Riigikantselei, lk 286
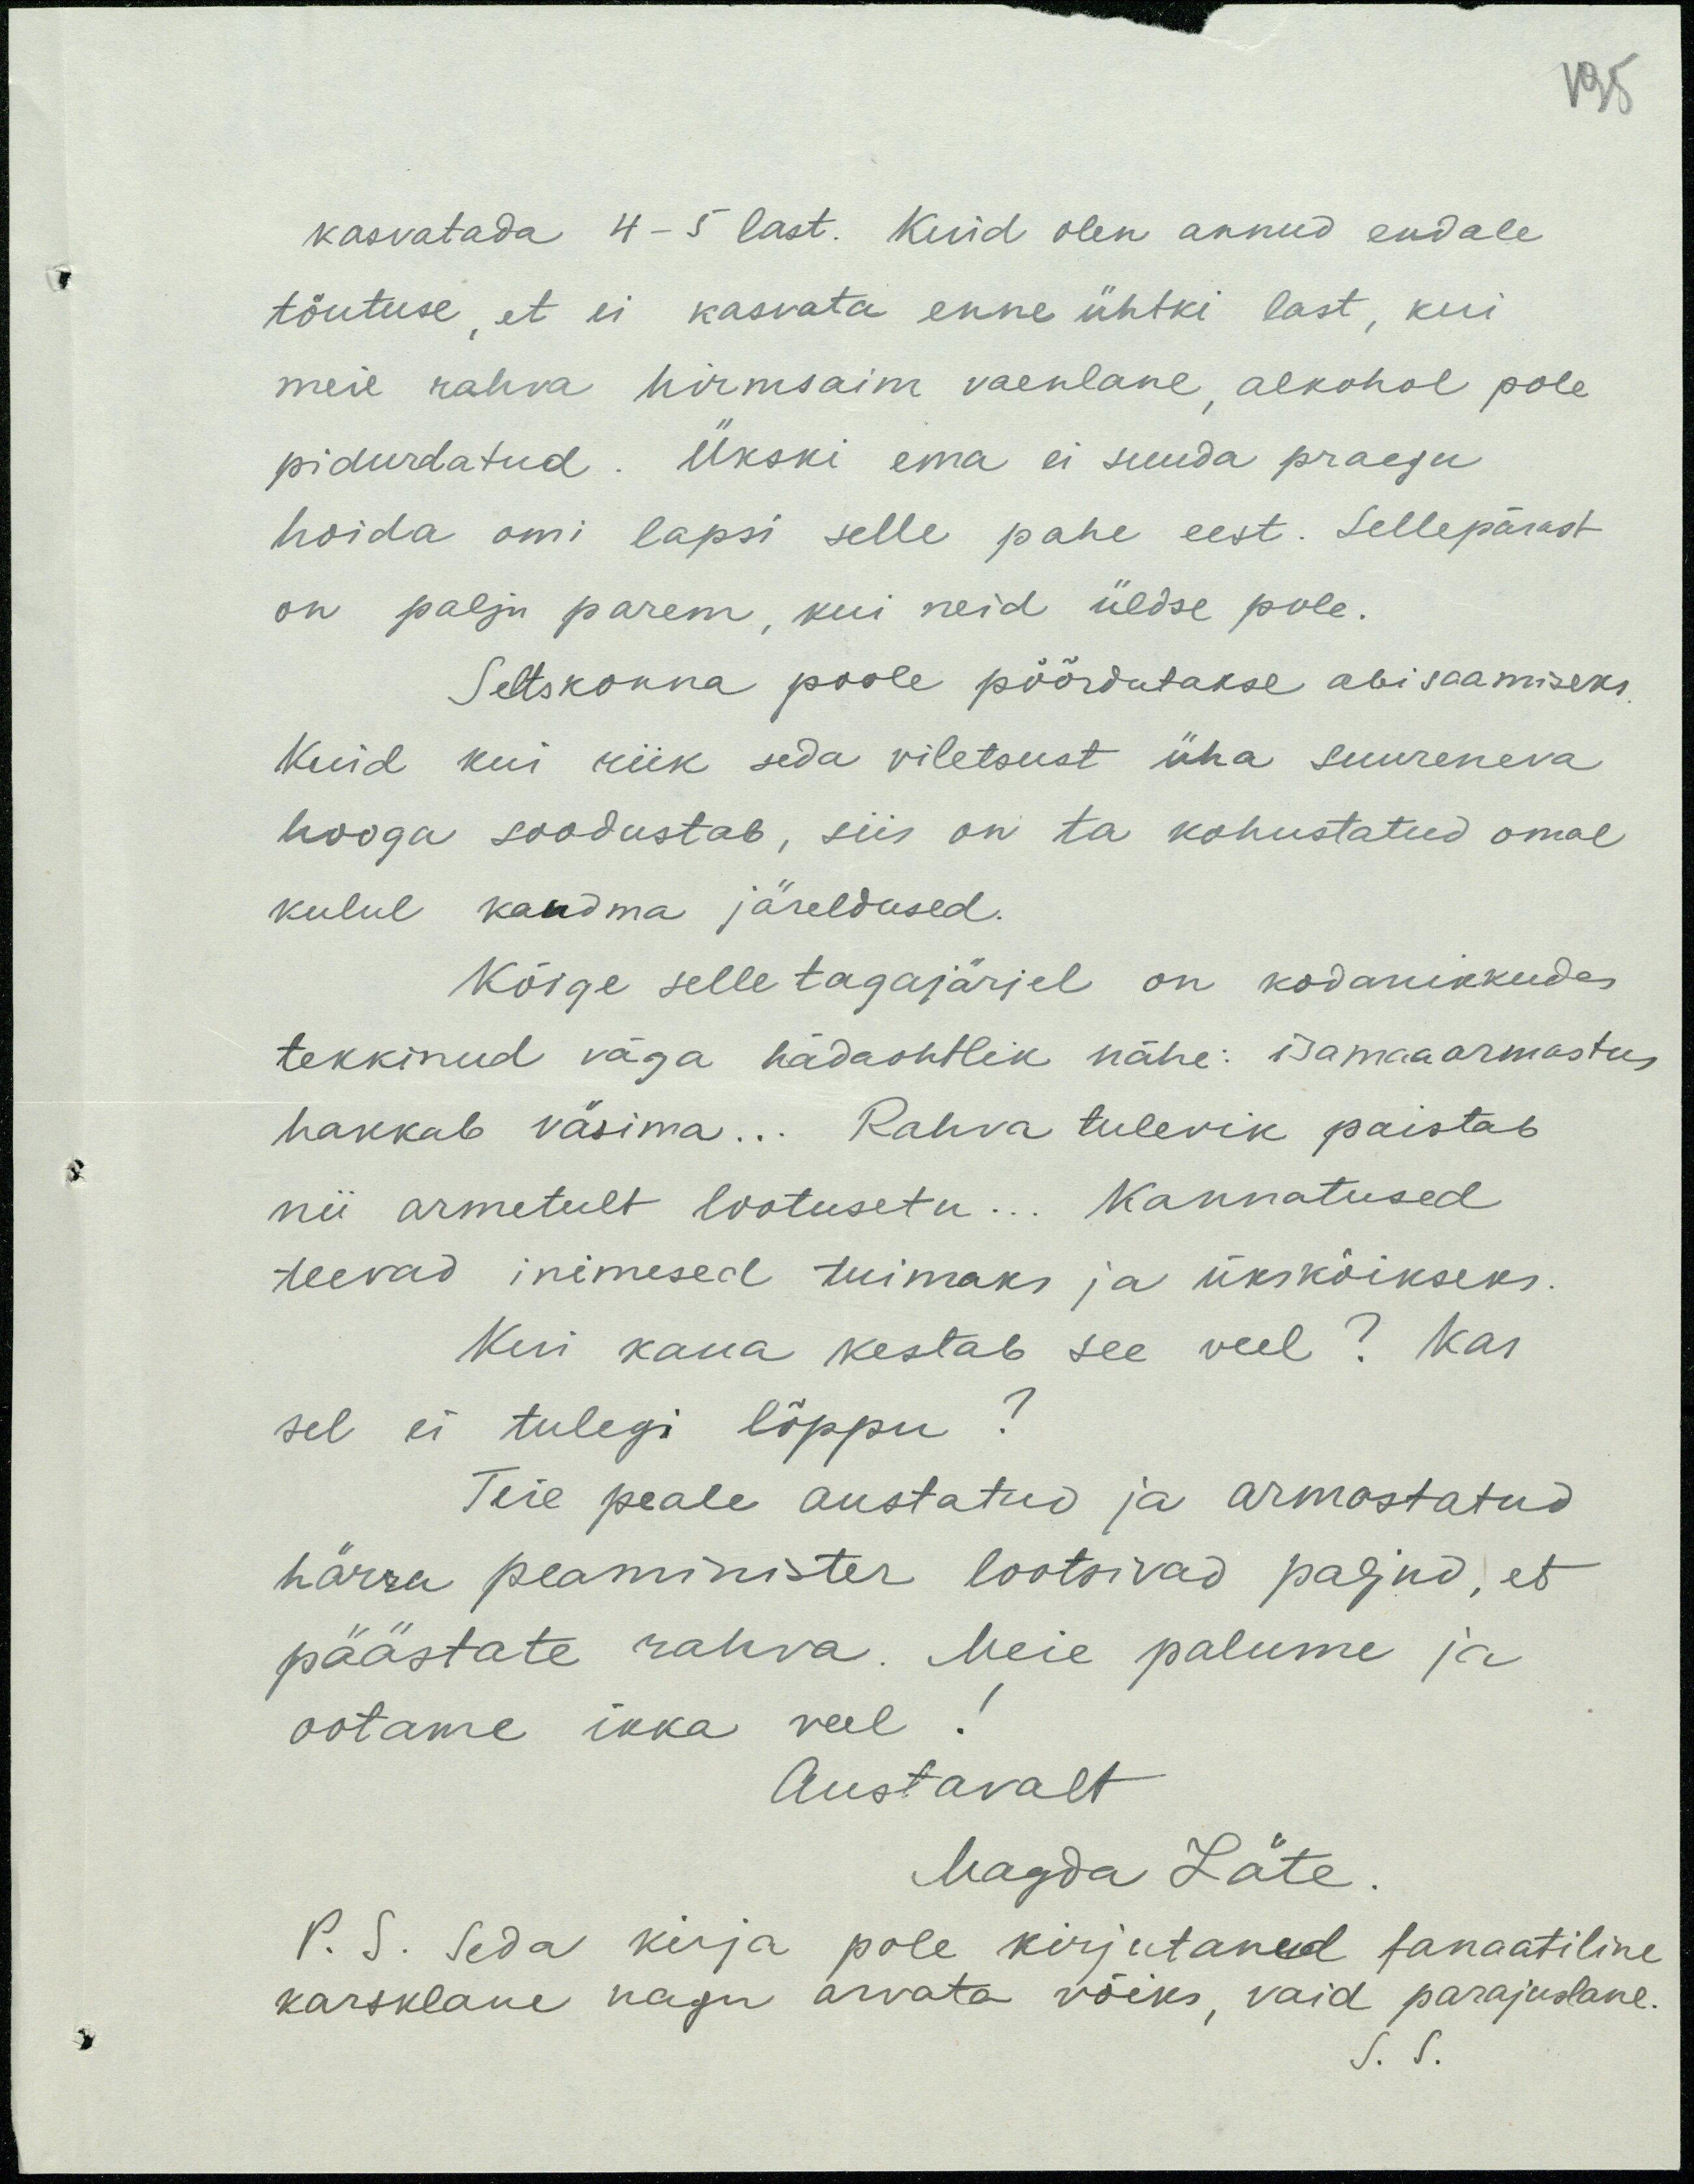
kasvatada 4-5 last. Kuid olen annud endale
tõutuse, et ei kasvata enne ühtki last, kui
meil rahva hirmsaim vaenlane, alkohol pole
pidurdatud. Ükski ema ei suuda praegu
hoida omi lapsi selle pahe eest. Sellepärast
on palju parem, kui neid üldse pole.
Seltskonna poole pöördutakse abisaamiseks
kuid kui riik seda viletsust üha suureneva
hooga soodustab, siis on ta kohustatud omal
kulul kandma järeldused.
Kõige selle tagajärjel on kodanikkudes
tekkinud väga hädaohtlik nähe: isamaa armastus
hakkab väsima... Rahva tulevik paistab
nii armetult lootusetu... Kannatused
teevad inimesed tuimaks ja ükskõikseks.
Kui kaua kestab see veel? Kas
sel ei tulegi lõppu?
Teie peale austatud ja armastatud
härra peaminister lootsivad paljud, et
päästate rahva. Meie palume ja
ootame ikka veel!
Austavalt
Magda Läte
P. S. seda kirja pole kirjutanud fanaatiline
karsklane nagu arvata võiks, vaid parajuslane.
S. S.